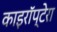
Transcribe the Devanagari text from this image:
काइरॉप्टेरा